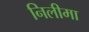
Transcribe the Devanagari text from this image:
निलीमा